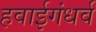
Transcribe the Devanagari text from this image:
हवाईगंधर्व